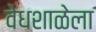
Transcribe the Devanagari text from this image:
वेधशाळेला